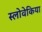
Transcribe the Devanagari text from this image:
स्लोवेकिया